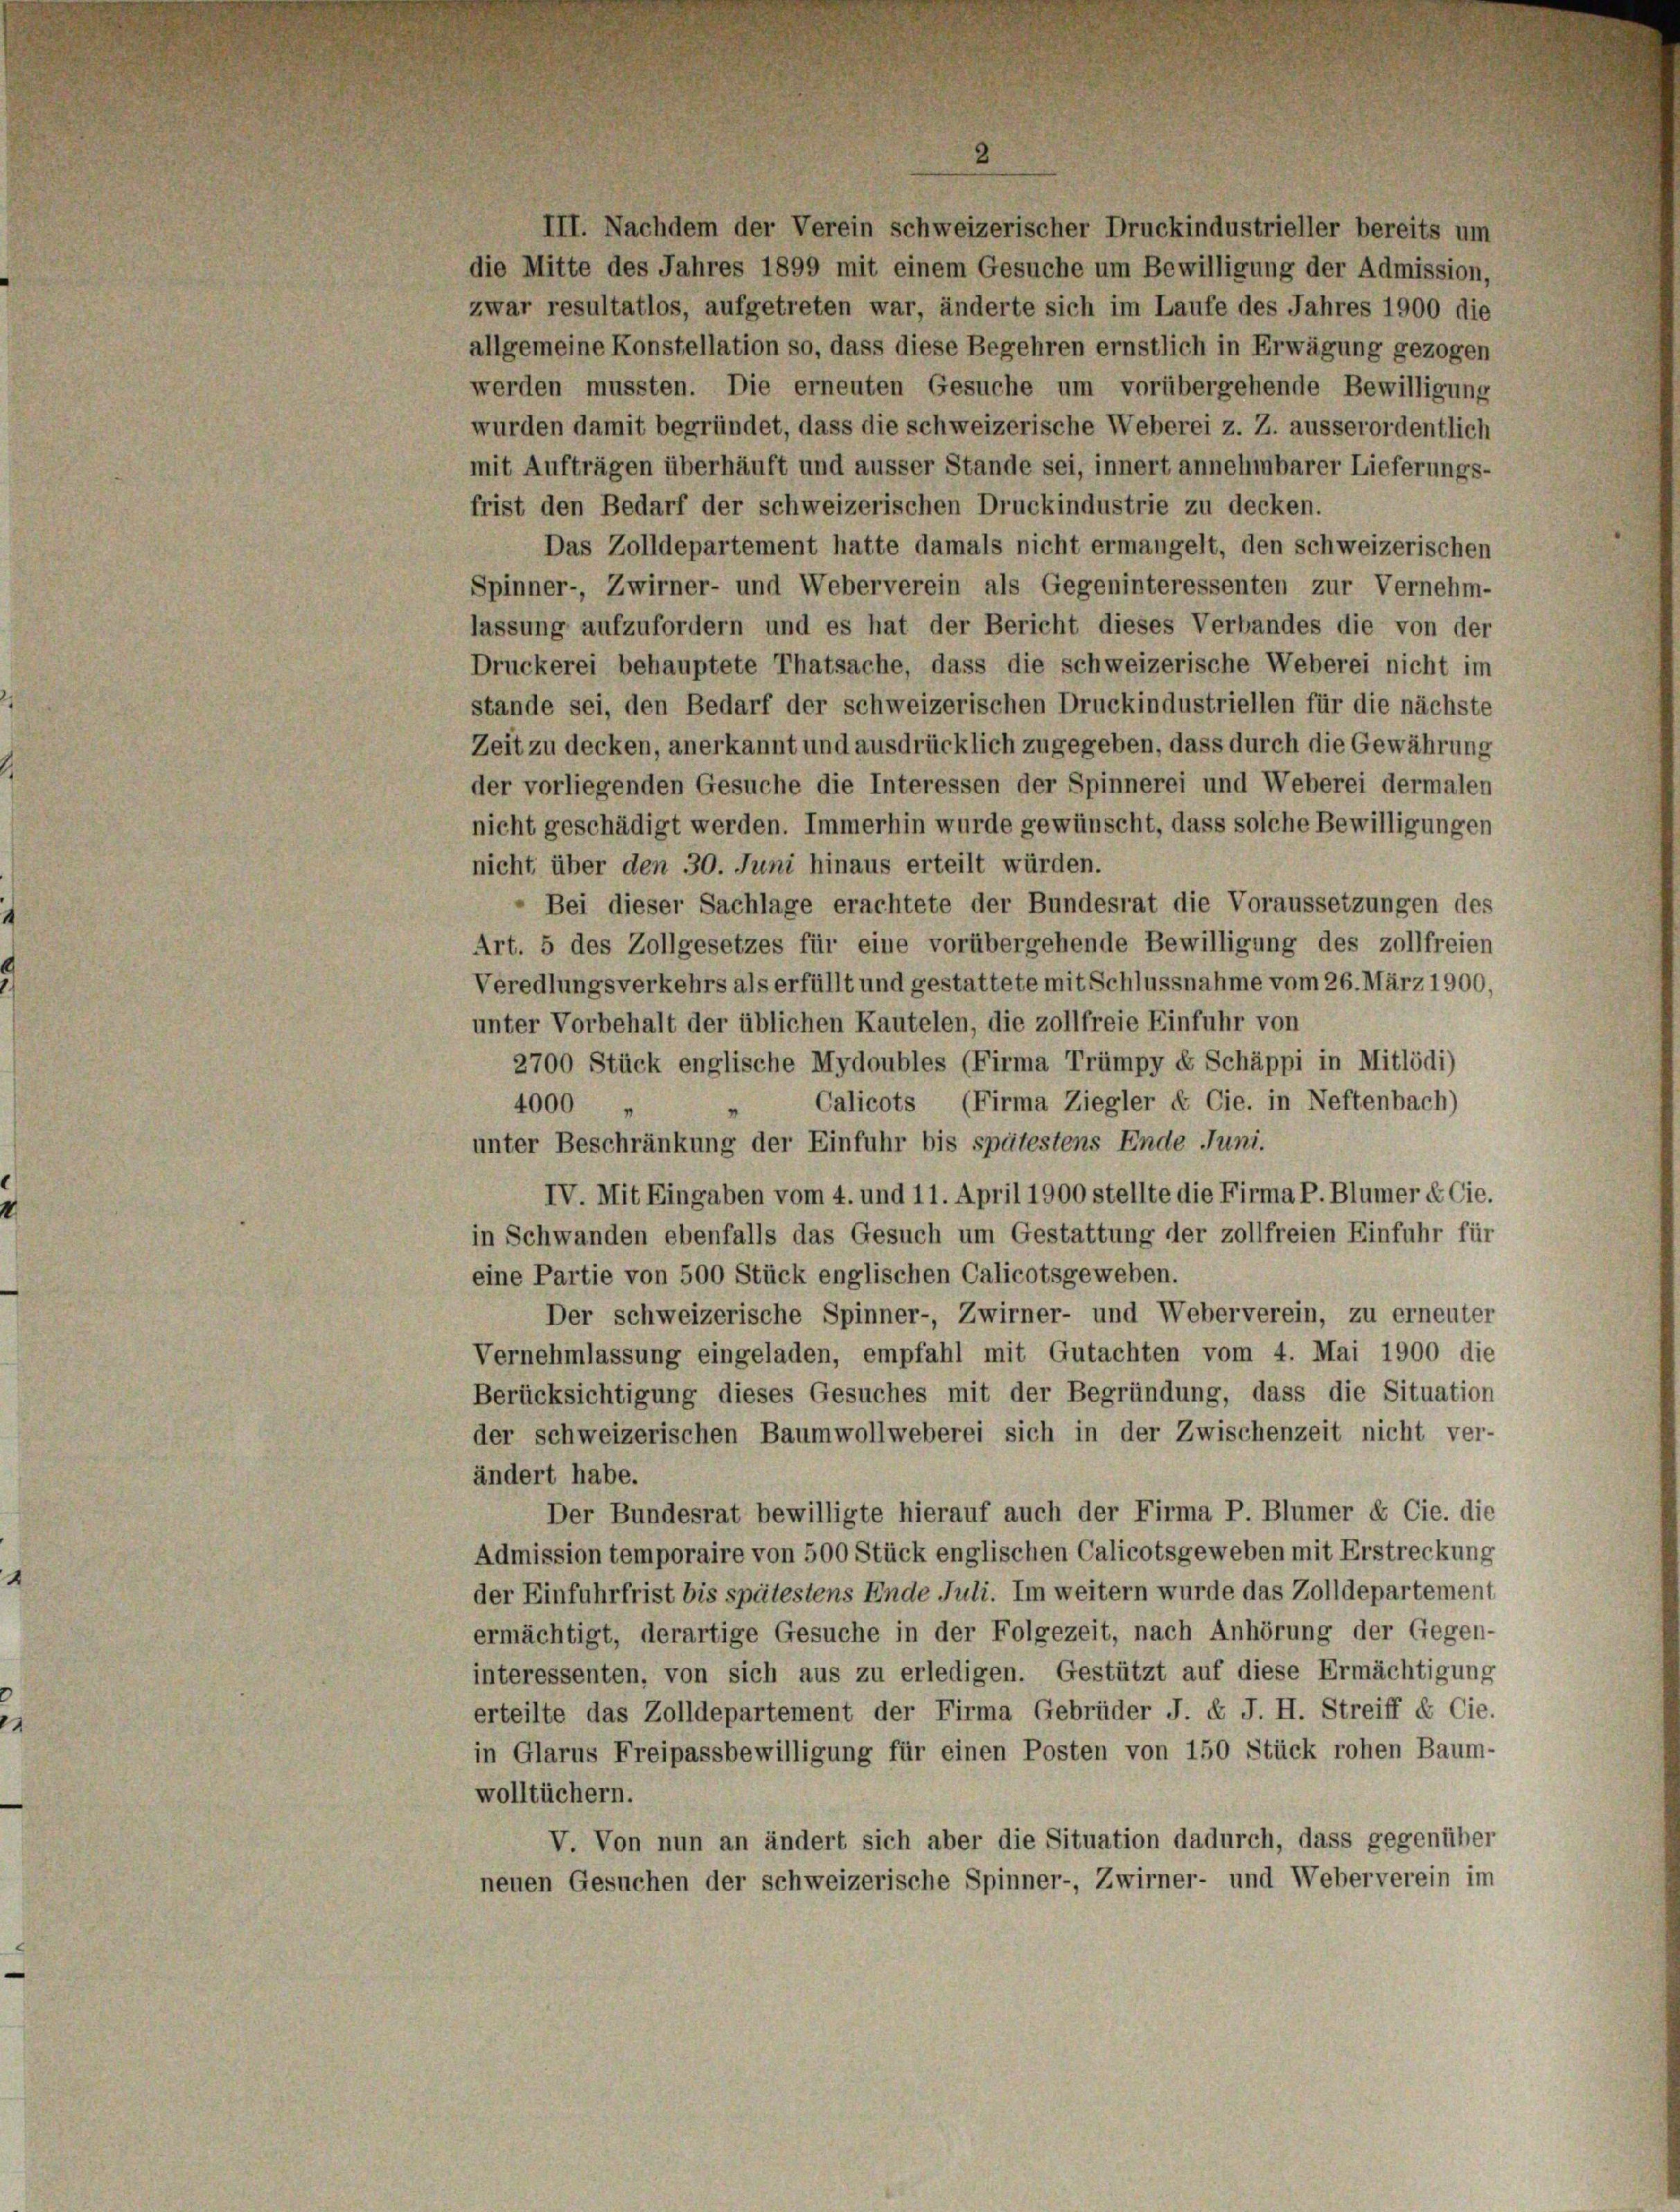
III. Nachdem der Verein schweizerischer Druckindustrieller bereits um
die Mitte des Jahres 1899 mit einem Gesuche um Bewilligung der Admission,
zwar resultatlos, aufgetreten war, änderte sich im Laufe des Jahres 1900 die
allgemeine Konstellation so, dass diese Begehren ernstlich in Erwägung gezogen
werden mussten. Die erneuten Gesuche um vorübergehende Bewilligung
wurden damit begründet, dass die schweizerische Weberei z. Z. ausserordentlich
mit Aufträgen überhäuft und äusser Stande sei, innert annehmbarer Lieferungs-
frist den Bedarf der schweizerischen Druckindustrie zu decken.
Das Zolldepartement hatte damals nicht ermangelt, den schweizerischen
Spinner-, Zwirner- und Weberverein als Gegeninteressenten zur Vernehm-
lassung aufzufordern und es hat der Bericht dieses Verbandes die von der
Druckerei behauptete Thatsache, dass die schweizerische Weberei nicht im
stände sei, den Bedarf der schweizerischen Druckindustriellen für die nächste
Zeit zu decken, anerkannt und ausdrücklich zugegeben, dass durch die Gewährung
der vorliegenden Gesuche die Interessen der Spinnerei und Weberei dermalen
nicht geschädigt werden. Immerhin wurde gewünscht, dass solche Bewilligungen
nicht über den 30. Juni hinaus erteilt würden.
Bei dieser Sachlage erachtete der Bundesrat die Voraussetzungen des
Art. 5 des Zollgesetzes für eine vorübergehende Bewilligung des zollfreien
Veredlungsverkehrs als erfüllt und gestattete mit Schlussnahme vom 26. März 1900,
unter Vorbehalt der üblichen Kautelen, die zollfreie Einfuhr von
2700 Stück englische Mydoubles (Firma Trümpy e Schäppi in Mitlödi)
Calicots (Firma Ziegler & Cie. in Neftenbach)
4000
unter Beschränkung der Einfuhr bis spätestens Ende Juni.
IV. Mit Eingaben vom 4. und 11. April 1900 stellte die Firma P. Blümer & Cie.
in Schwanden ebenfalls das Gesuch um Gestattung der zollfreien Einfuhr für
eine Partie von 500 Stück englischen Calicotsgeweben.
Der schweizerische Spinner-, Zwirner- und Weberverein, zu erneuter
Vernehmlassung eingeladen, empfahl mit Gutachten vom 4. Mai 1900 die
Berücksichtigung dieses Gesuches mit der Begründung, dass die Situation
der schweizerischen Baumwollweberei sich in der Zwischenzeit nicht ver-
ändert habe.
Der Bundesrat bewilligte hierauf auch der Firma P. Blümer & Cie. die
Admission temporaire von 500 Stück englischen Calicotsgeweben mit Erstreckung
der Einfuhrfrist bis spätestens Ende Juli. Im weitern wurde das Zolldepartement
ermächtigt, derartige Gesuche in der Folgezeit, nach Anhörung der Gegen-
interessenten, von sich aus zu erledigen. Gestützt auf diese Ermächtigung
erteilte das Zolldepartement der Firma Gebrüder J. F. J. H. Streiff & Cie.
in Glarus Freipassbewilligung für einen Posten von 150 Stück rohen Baum-
wolltüchern.
V. Von nun an ändert sich aber die Situation dadurch, dass gegenüber
neuen Gesuchen der schweizerische Spinner-, Zwirner- und Weberverein im